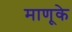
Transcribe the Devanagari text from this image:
माणूके